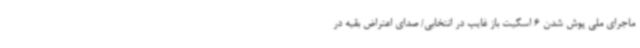
ماجرای ملی پوش شدن 6 اسکیت باز غایب در انتخابی/ صدای اعتراض بقیه در